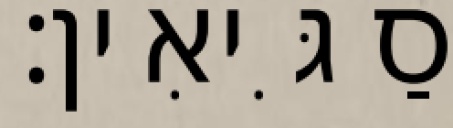
סַגִּיאִין׃